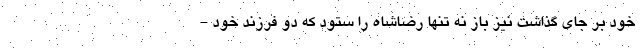
خود بر جای گذاشت نیز باز نه تنها رضاشاه را ستود که دو فرزند خود -